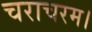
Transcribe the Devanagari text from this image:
चराचरम।